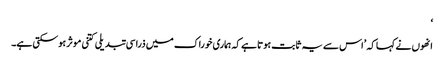
‘
انھوں نے کہا کہ ’اس سے یہ ثابت ہوتا ہے کہ ہماری خوراک میں ذرا سی تبدیلی کتنی موثر ہوسکتی ہے۔